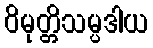
ဝိမုတ္တိသမ္ပဒါယ